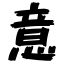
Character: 意